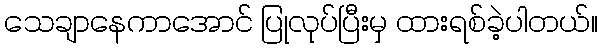
သေချာနေကာအောင် ပြုလုပ်ပြီးမှ ထားရစ်ခဲ့ပါတယ်။